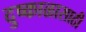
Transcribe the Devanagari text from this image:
दुष्काळासाठी